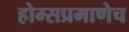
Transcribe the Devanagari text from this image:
होम्सप्रमाणेच